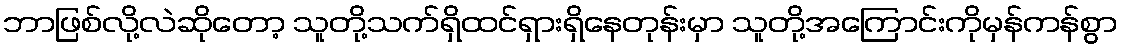
ဘာဖြစ်လို့လဲဆိုတော့ သူတို့သက်ရှိထင်ရှားရှိနေတုန်းမှာ သူတို့အကြောင်းကိုမှန်ကန်စွာ